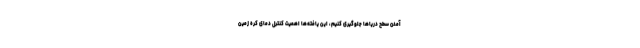
آمدن سطح دریاها جلوگیری کنیم، این یافته‌ها اهمیت کنترل دمای کره زمین